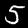
Label: 5